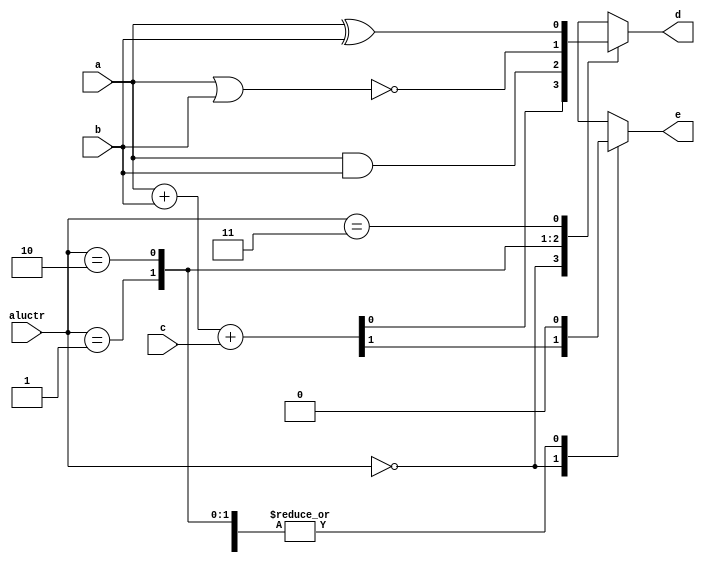
module lab1_3 (a, b, c, aluctr, d, e);
    input a, b, c;
    input [1:0] aluctr;
    output d, e;
    reg d, e;

    always @(*) begin
        case (aluctr)
            2'b00 : {e, d} = a + b + c;  
            2'b01 : begin
                d = a & b;
                e = 1'b0;
            end
            2'b10 : begin
                d = ~(a | b);
                e = 1'b0;
            end
            2'b11 : begin
                d = a ^ b;
                e = 1'b0;
            end
        endcase
    end
endmodule

module lab1_4 (a, b, c, aluctr, d, e);
    input [3:0] a,b;
    input [1:0] aluctr;
    input c;
    output [3:0] d;
    output e;
    wire cout0, cout1, cout2;

    lab1_3 alu0(a[0], b[0], c, aluctr, d[0], cout0);
    lab1_3 alu1(a[1], b[1], cout0, aluctr, d[1], cout1);
    lab1_3 alu2(a[2], b[2], cout1, aluctr, d[2], cout2);
    lab1_3 alu3(a[3], b[3], cout2, aluctr, d[3], e);
endmodule